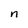
Character: n